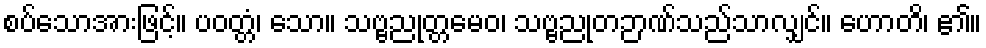
စပ်သောအားဖြင့်။ ပဝတ္တံ၊ သော။ သဗ္ဗညုတ္တမေဝ၊ သဗ္ဗညုတဉာဏ်သည်သာလျှင်။ ဟောတိ၊ ၏။